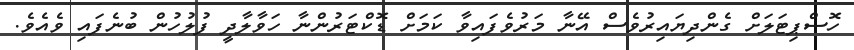
ހޮސްޕިޓަލަށް ގެންދިޔައިރުވެސް އޭނާ މަރުވެފައިވާ ކަމަށް ޑޮކްޓަރުންނާ ހަވާލާދީ ފުލުހުން ބުނެފައި ވެއެވެ.